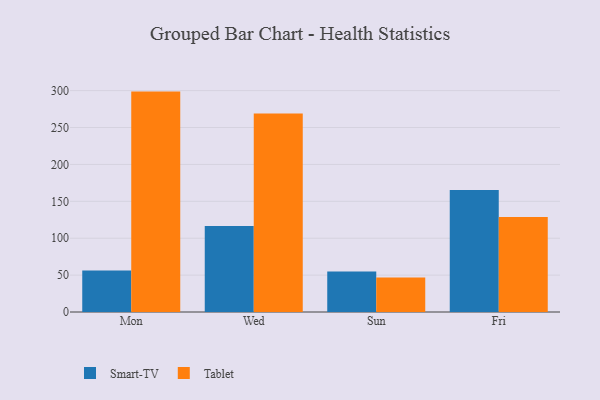
{"axis": {"x": "Day", "y": "Inventory Turnover"}, "legend": ["Smart-TV", "Tablet"], "data": [{"x": "Mon", "y": 56.3, "type": "Smart-TV"}, {"x": "Mon", "y": 298.7, "type": "Tablet"}, {"x": "Wed", "y": 116.7, "type": "Smart-TV"}, {"x": "Wed", "y": 269.0, "type": "Tablet"}, {"x": "Sun", "y": 54.9, "type": "Smart-TV"}, {"x": "Sun", "y": 46.6, "type": "Tablet"}, {"x": "Fri", "y": 165.2, "type": "Smart-TV"}, {"x": "Fri", "y": 128.7, "type": "Tablet"}]}